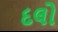
દલો